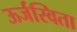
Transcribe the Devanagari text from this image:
ऊर्जस्विता